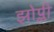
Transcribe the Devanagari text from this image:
झोप्ली